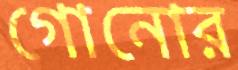
গোনোর